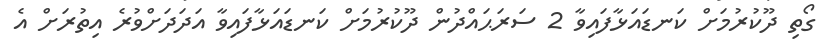
ގޯތި ދޫކުރުމަށް ކަނޑައަޅާފައިވާ 2 ސަރަޙައްދުން ދޫކުރުމަށް ކަނޑައަޅާފައިވާ އަދަދަށްވުރެ އިތުރަށް އެ